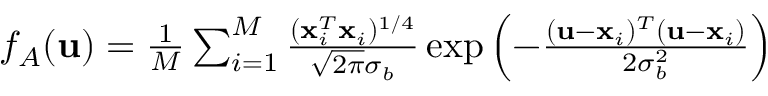
\begin{array} { r } { f _ { A } ( \mathbf { u } ) = \frac { 1 } { M } \sum _ { i = 1 } ^ { M } \frac { ( \mathbf { x } _ { i } ^ { T } \mathbf { x } _ { i } ) ^ { 1 / 4 } } { \sqrt { 2 \pi } \sigma _ { b } } \exp { \left( - \frac { ( \mathbf { u } - \mathbf { x } _ { i } ) ^ { T } ( \mathbf { u } - \mathbf { x } _ { i } ) } { 2 \sigma _ { b } ^ { 2 } } \right) } } \end{array}